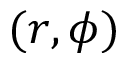
( r , \phi )